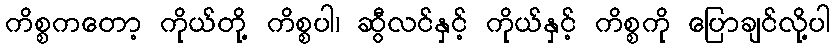
ကိစ္စကတော့ ကိုယ်တို့ ကိစ္စပါ၊ ဆွီလင်နှင့် ကိုယ်နှင့် ကိစ္စကို ပြောချင်လို့ပါ